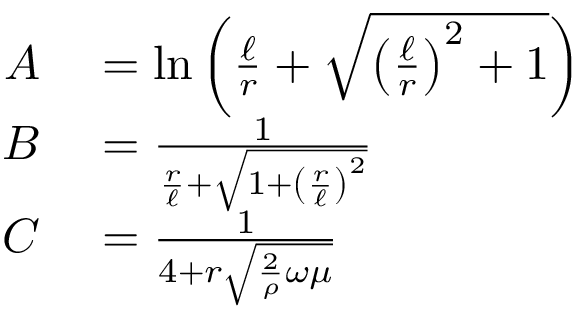
\begin{array} { r l } { A } & { { } = \ln \left( { \frac { \ell } { r } } + { \sqrt { \left( { \frac { \ell } { r } } \right) ^ { 2 } + 1 } } \right) } \\ { B } & { { } = { \frac { 1 } { { \frac { r } { \ell } } + { \sqrt { 1 + \left( { \frac { r } { \ell } } \right) ^ { 2 } } } } } } \\ { C } & { { } = { \frac { 1 } { 4 + r { \sqrt { { \frac { 2 } { \rho } } \omega \mu } } } } } \end{array}